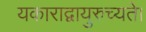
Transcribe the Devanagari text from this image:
यकाराद्वायुरुच्यते।